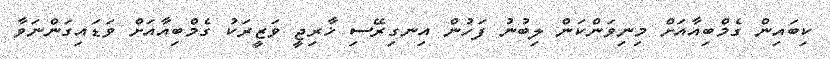
ކިބައިން ގެމްބިއާއަށް މިނިވަންކަން ލިބުނު ފަހުން އިނގިރޭސި ޚާރިޖީ ވަޒީރަކު ގެމްބިއާއަށް ވަޑައިގަންނަވާ